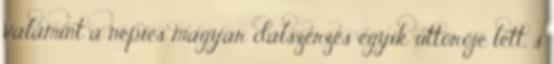
valamint a népies magyar dalszerzés egyik úttörője lett, s